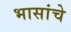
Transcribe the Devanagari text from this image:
भासांचे